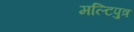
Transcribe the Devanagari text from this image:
मल्टिपुत्र